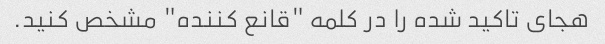
هجای تاکید شده را در کلمه "قانع کننده" مشخص کنید.